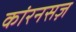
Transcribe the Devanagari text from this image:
कांरनसज़